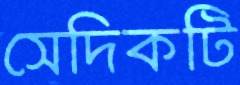
সেদিকটি